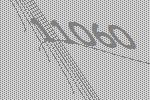
11060